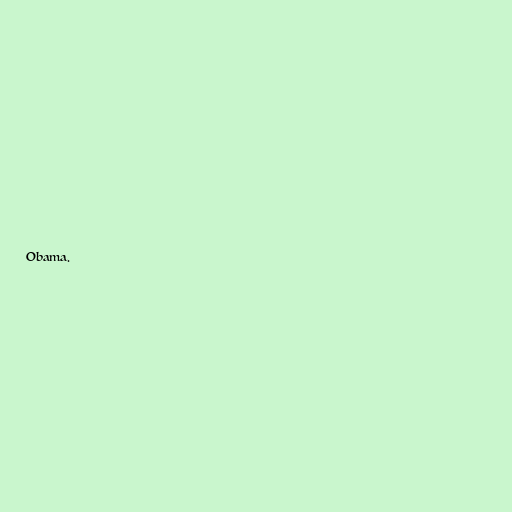
Obama.